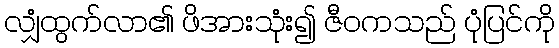
လျှံထွက်လာ၏ ဖိအားသုံး၍ ဇီဝကသည် ပုံပြင်ကို